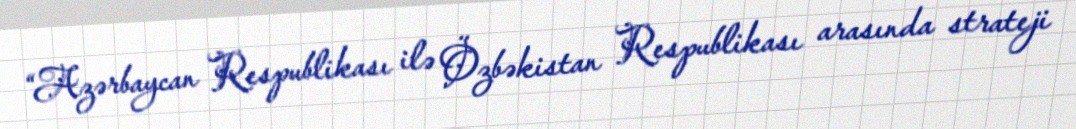
“Azərbaycan Respublikası ilə Özbəkistan Respublikası arasında strateji